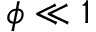
\phi \ll 1